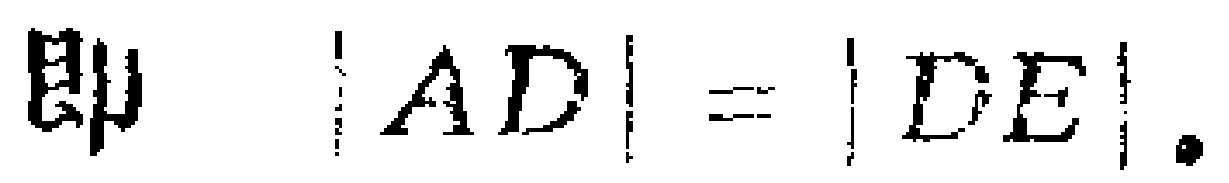
即 \(|AD| = |DE|\).